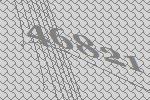
46821